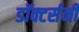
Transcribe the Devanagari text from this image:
डॉक्टर्सनी